65_HS1-834228961_62-HQ-83894_Section_6
Agency: FBI
Page 187
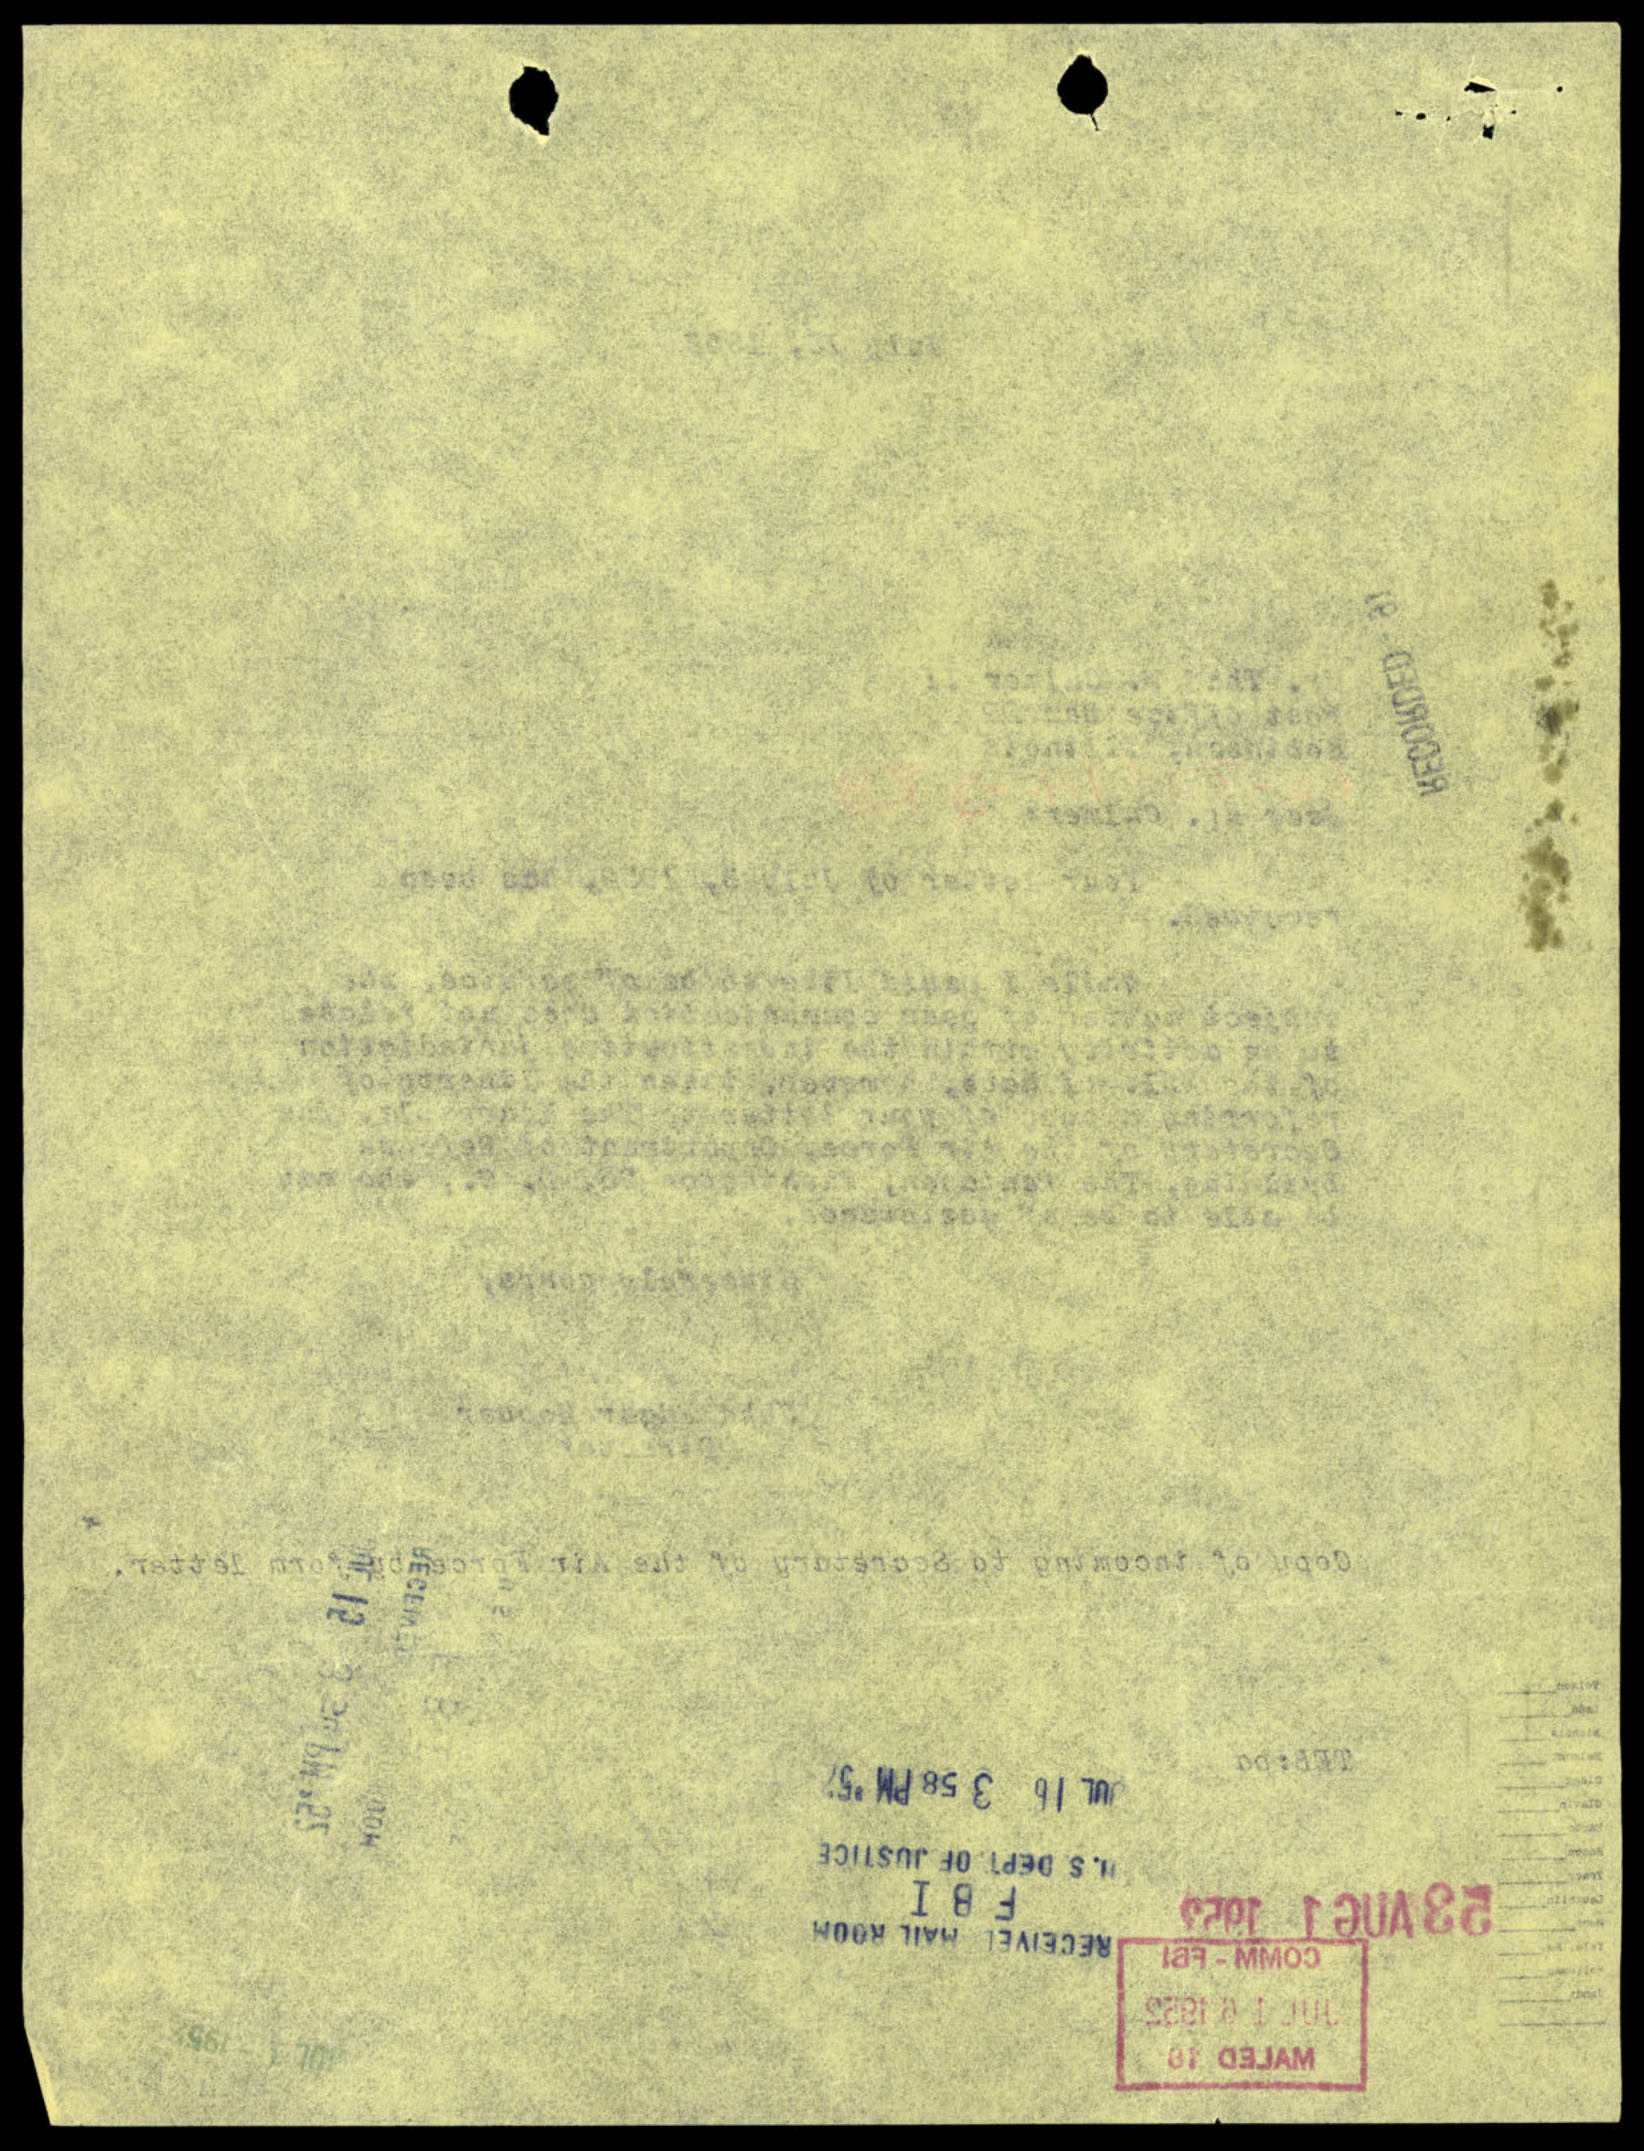